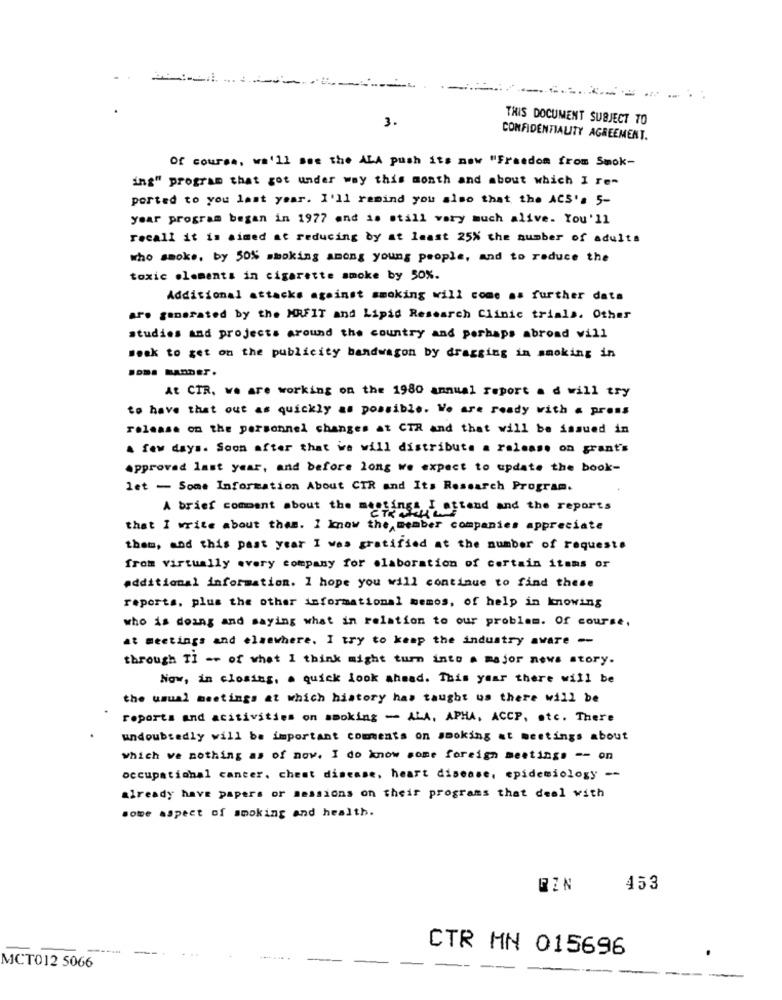
--
3.
THIS DOCUMENT SUBJECT TO
CONFIDENTIALITY AGREEMENT.
of course, wa'll see the ALA push it's now "Freedom from Smok-
ing" program that got under way this month and about which I re-
ported to you last year. I'll remind you also that the ACS's 5-
year program began in 1977 and is still very much alive. You'll
recall it is aimed at reducing by at least 25% the number of adults
who smoke, by 50% smoking among young people, and to reduce the
toxic elements in cigarette smoke by 50%.
Additional attacks against smoking will come as further data
are generated by the MRFIT and Lipid Research Clinic trials. Other
studies and projects around the country and perhaps abroad will
Beak to get on the publicity bandwagon by dragging in smoking in
Som- manDET.
At CTR, we are working on the 1980 annual report a d will try
to have that out as quickly as possible. We are ready with a press
release on the personnel changes at CTR and that will be issued in
A few days. Soon after that we will distribute a release on grant's
approved last year, and before long we expect to update the book-
let - Some Information About CIR and Its Research Program.
A brief comment about the meetings,
2+154 I attend and the reports
that I write about them. I know the member companies appreciate
them, and this past year I was gratified at the number of requests
from virtually every company for elaboration of certain items or
additional information. I hope you will continue to find these
reports, plus the other informational memos, of help in knowing
who is doing and saying what in relation to our problem. Of course,
at meetings and elsewhere. I try to keep the industry aware --
through TI -- of what I think might turn into a major news story.
Now, in closing, . quick look ahead. This year there will be
the usual meetings at which history has taught us there will be
reports and activities on smoking - ALA, APHA, ACCP, otc. There
undoubtedly will be important comments on smoking at meetings about
which we nothing as of now. I do know some foreign meetings -- on
occupational cancer, chest disease, heart disease, epidemiology --
already have papers or sessions on their programs that deal with
some aspect of smoking and health.
EZN
453
CTR MN 015696
MCT012 5066